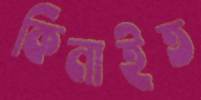
কিনাইত